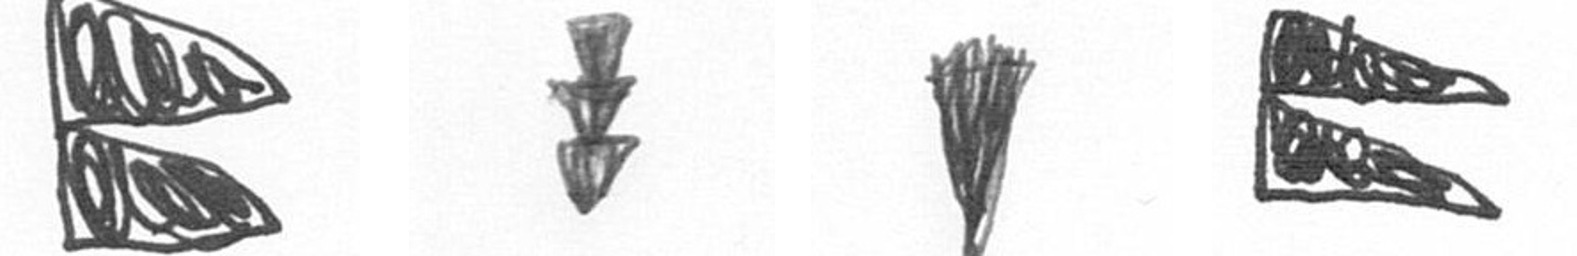
P E J P